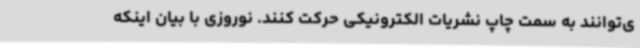
ی‌توانند به سمت چاپ نشریات الکترونیکی حرکت کنند. نوروزی با بیان اینکه